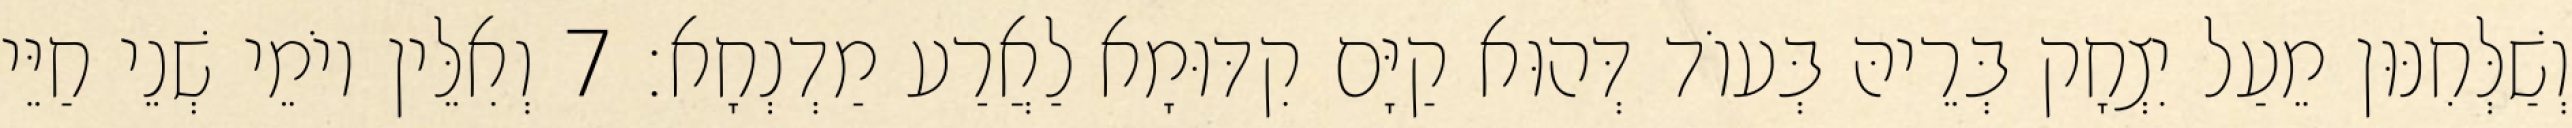
וְשַׁלְּחִנּוּן מֵעַל יִצְחָק בְּרֵיהּ בְּעוֹד דְּהוּא קַיָּם קִדּוּמָא לַאֲרַע מַדְנְחָא׃ 7 וְאִלֵּין יוֹמֵי שְׁנֵי חַיֵּי